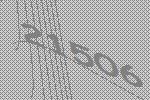
21506